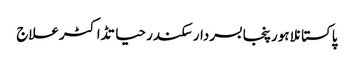
پاکستانلاہورپنجابسردار سکندر حیاتڈاکٹرعلاج